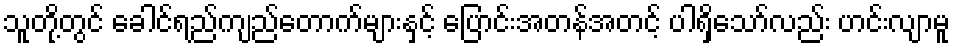
သူတို့တွင် ခေါင်ရည်ကျည်တောက်များနှင့် ပြောင်းအတန်အတင့် ပါရှိသော်လည်း ဟင်းလျာမူ